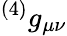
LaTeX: {^{(4)}}g_{\mu\nu}